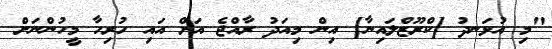
"މި އުޅަނދު [ކްރޫޒްލައިނާ] އިން މިއަދު ރާއްޖެ އަށް އައި ހުރިހާ މީހުންނަށް